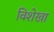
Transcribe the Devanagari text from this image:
विशेखा